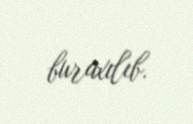
buraxılıb.